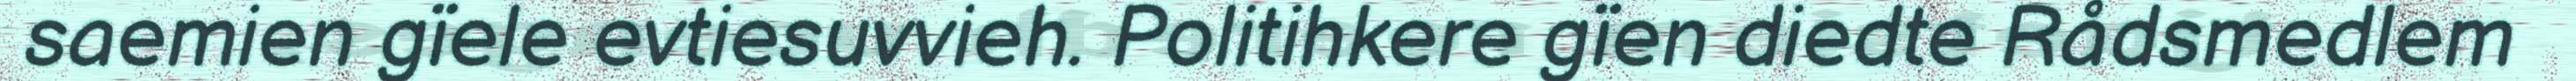
saemien gïele evtiesuvvieh. Politihkere gïen diedte Rådsmedlem